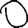
Digit: 0